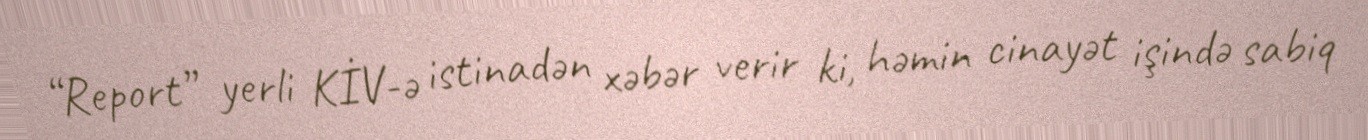
“Report” yerli KİV-ə istinadən xəbər verir ki, həmin cinayət işində sabiq